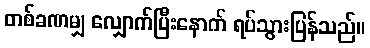
တစ်ခဏမျှ လျှောက်ပြီးနောက် ရပ်သွားပြန်သည်။